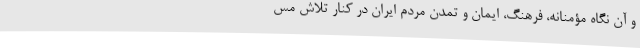
و آن نگاه مؤمنانه، فرهنگ، ایمان و تمدن مردم ایران در کنار تلاش مس